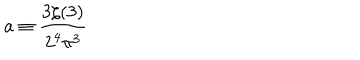
LaTeX: a \equiv \frac { 3 \zeta ( 3 ) } { 2 ^ { 4 } \pi ^ { 3 } }